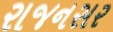
રાજનસર